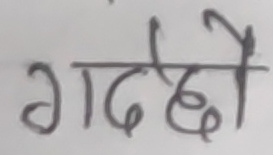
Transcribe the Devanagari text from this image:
गर्दछौ